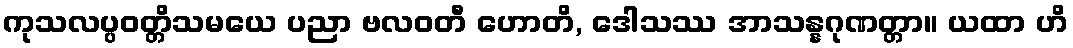
ကုသလပ္ပဝတ္တိသမယေ ပညာ ဗလဝတီ ဟောတိ, ဒေါသဿ အာသန္နဂုဏတ္တာ။ ယထာ ဟိ